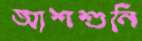
আশশুনি